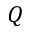
Q